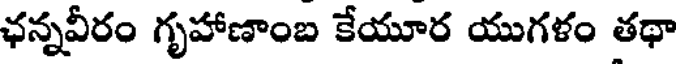
ఛన్నవీరం గృహాణాంబ కేయూర యుగళం తథా